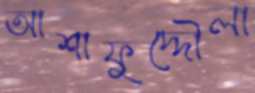
আশাফুদ্দৌলা